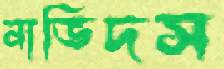
নাভিদস